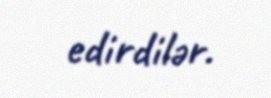
edirdilər.